画像に写った文字を読んでください
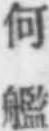
「何艦」と書いてあります